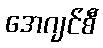
အေဂျင်စီ